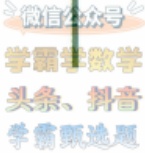
微信公众号

学霸君数学

头条、抖音

学霸甄选